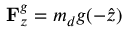
{ { \bf { F } } _ { z } ^ { g } } = { { m _ { d } } g { ( - \hat { z } ) } }